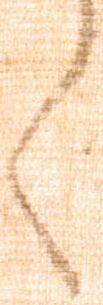
言